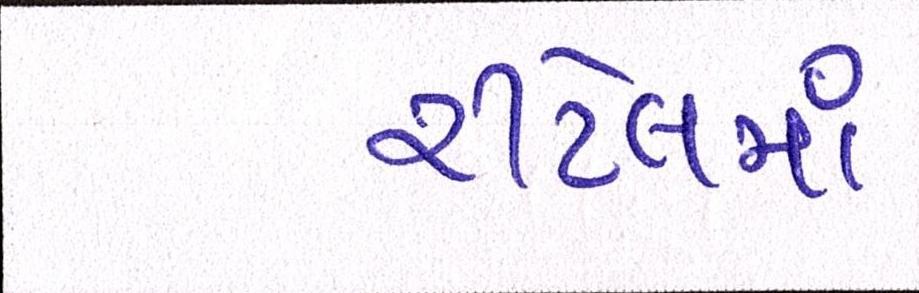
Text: રીટેલમાં